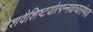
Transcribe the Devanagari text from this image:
देशवैशिष्टयोत्पन्नवाच्यसंभवा